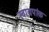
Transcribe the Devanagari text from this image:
स्वायपांक